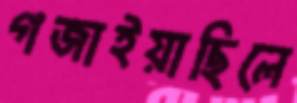
গজাইয়াছিলে